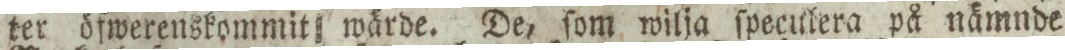
ter öfwerenskommit wärde. De, ſom wilja ſpeculera på nämnde